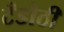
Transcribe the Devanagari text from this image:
टँडौठी